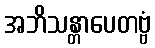
အဘိသန္တာပေတဗ္ဗံ